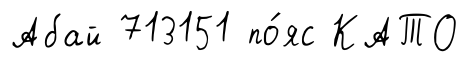
Абай 713151 по́яс КАТО